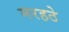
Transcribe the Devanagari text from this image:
मरहठे